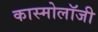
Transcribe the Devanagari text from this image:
कास्मोलॉजी